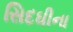
સિદઘીના